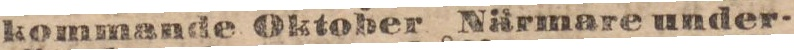
kommande Oktober Närmare under-